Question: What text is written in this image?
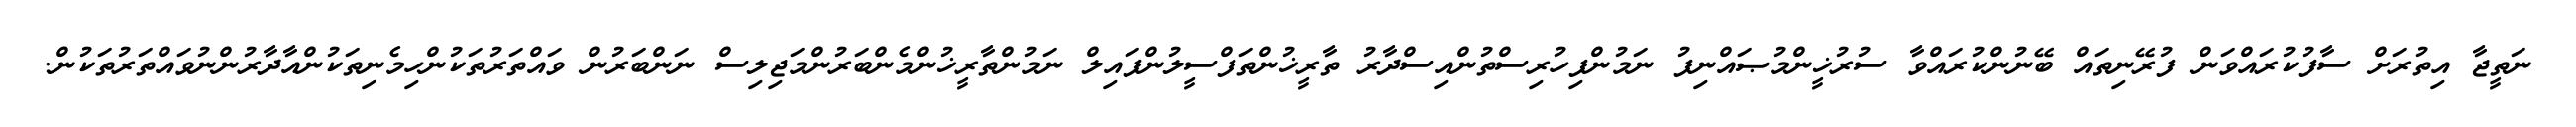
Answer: ނަތީޖާ އިތުރަށް ސާފުކުރައްވަން ފުރޭނިތައް ބޭނުންކުރައްވާ ސުރުޚީންމުޞައްނިފު ނަމުންފިހުރިސްތުންއިސްދާރު ތާރީޚުންތަފްސީލުންފައިލް ނަމުންތާރީޚުންމެންބަރުންމަޖިލިސް ނަންބަރުން ވައްތަރުތަކުންހިމެނިތަކުންއާދާރުންނުވައްތަރުތަކުން.